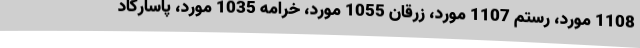
1108 مورد، رستم 1107 مورد، زرقان 1055 مورد، خرامه 1035 مورد، پاسارگاد